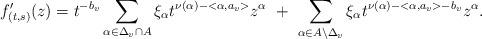
LaTeX: \begin{align*}f_{(t,s)} '(z) =t^{-b_v}\sum_{\alpha\in \Delta_v\cap A}\xi_{\alpha}t^{\nu (\alpha ) -<\alpha ,a_v>}z^{\alpha} \,\, +\,\, \sum_{\alpha\in A\setminus \Delta_v} \xi_{\alpha}t^{\nu (\alpha ) -<\alpha ,a_v>-b_v}z^{\alpha}. \end{align*}